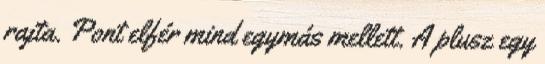
rajta. Pont elfér mind egymás mellett. A plusz egy